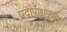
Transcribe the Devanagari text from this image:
पदार्पणापूर्वीचा